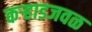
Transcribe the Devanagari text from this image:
कऱ्हाडजवळ